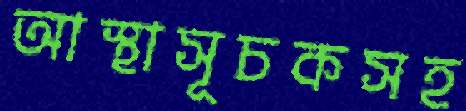
আস্থাসূচকসহ